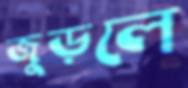
জুড়লে